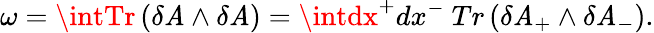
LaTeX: \omega=\intTr\left(\delta\mathit{A}\wedge\delta\mathit{A}\right)=\intdx^{+}dx^{-}~Tr\left(\delta\mathit{A}_{+}\wedge\delta\mathit{A}_{-}\right).